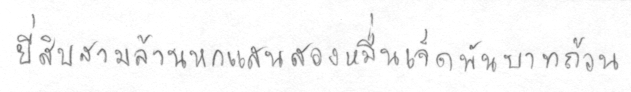
ยี่สิบสามล้านหกแสนสองหมื่นเจ็ดพันบาทถ้วน